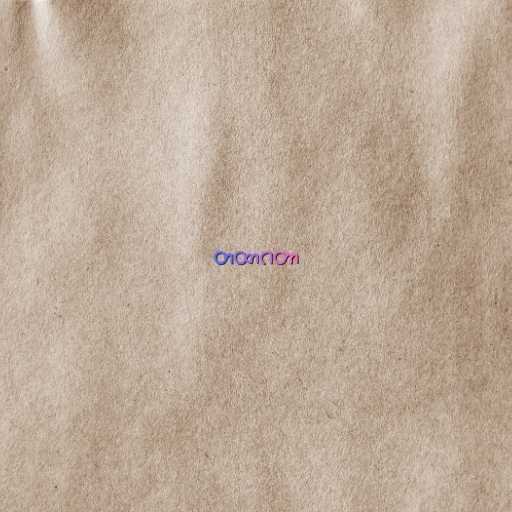
တထာဂတာ